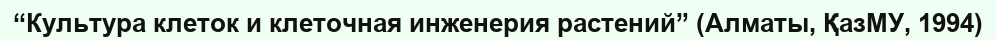
“Культура клеток и клеточная инженерия растений” (Алматы, ҚазМУ, 1994)